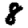
Digit: 8